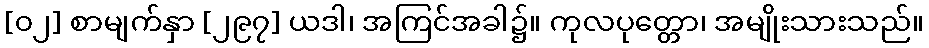
[၀၂] စာမျက်နှာ [၂၉၇] ယဒါ၊ အကြင်အခါ၌။ ကုလပုတ္တော၊ အမျိုးသားသည်။